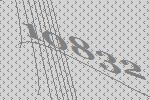
10832